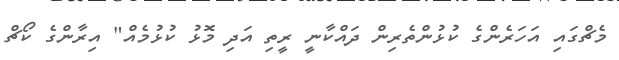
މެޗްގައި އަހަރެންގެ ކުޅުންތެރިން ދައްކާނީ ރީތި އަދި މޮޅު ކުޅުމެއް" އިރާންގެ ކޯޗް